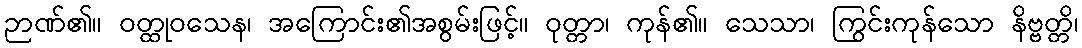
ဉာဏ်၏။ ဝတ္ထုဝသေန၊ အကြောင်း၏အစွမ်းဖြင့်။ ဝုတ္တာ၊ ကုန်၏။ သေသာ၊ ကြွင်းကုန်သော နိဗ္ဗတ္တိ၊